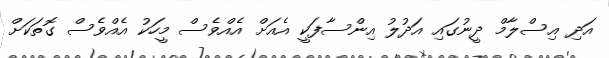
އަދި އިސްލާމް ދީނުގައި އަދުލު އިންސާފަކީ އެއަށް އެއްވެސް މީހަކު އެއްވެސް ގޮތަކަށް